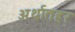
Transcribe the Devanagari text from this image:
अर्थातहर